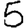
Digit: 5